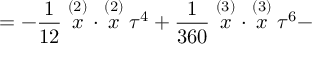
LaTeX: = - \frac 1 { 1 2 } \stackrel { ( 2 ) } { x } \cdot \stackrel { ( 2 ) } { x } \tau ^ { 4 } + \frac 1 { 3 6 0 } \stackrel { ( 3 ) } { x } \cdot \stackrel { ( 3 ) } { x } \tau ^ { 6 } -